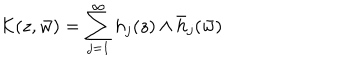
LaTeX: { \cal K } ( z , \bar { w } ) = \sum _ { j = 1 } ^ { \infty } h _ { j } ( z ) \wedge \bar { h } _ { j } ( \bar { w } )